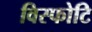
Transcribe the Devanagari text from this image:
विस्फोटि